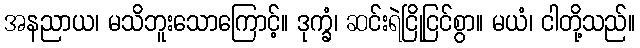
အနညာယ၊ မသိဘူးသောကြောင့်။ ဒုက္ခံ၊ ဆင်းရဲငြိုငြင်စွာ။ မယံ၊ ငါတို့သည်။